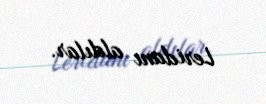
Leridanı aldılar.